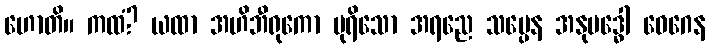
ဟောတိ။ ကထံ? ယထာ အဟိဘီရုကော ပုရိသော အရညေ သပ္ပေန အနုဗဒ္ဓေါ ဝေဂေန